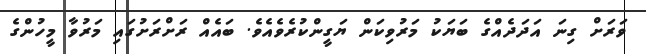
ވަރަށް ގިނަ އަދަދެއްގެ ބަޔަކު މަރުވިކަން ޔަގީންކުރެވެއެވެ. ބައެއް ރަށްރަށުގައި މަރުވާ މީހުންގެ